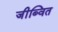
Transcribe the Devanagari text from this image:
जीब्वित